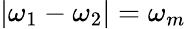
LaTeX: |\omega_{1}-\omega_{2}|=\omega_{m}